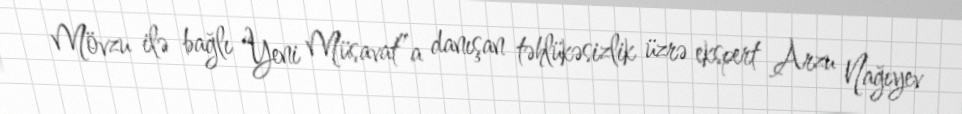
Mövzu ilə bağlı “Yeni Müsavat”a danışan təhlükəsizlik üzrə ekspert Arzu Nağıyev